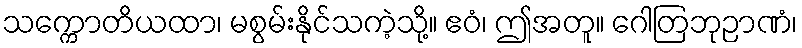
သက္ကောတိယထာ၊ မစွမ်းနိုင်သကဲ့သို့။ ဧဝံ၊ ဤအတူ။ ဂေါတြဘုဉာဏံ၊